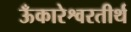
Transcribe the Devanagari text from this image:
ऊँकारेश्वरतीर्थ